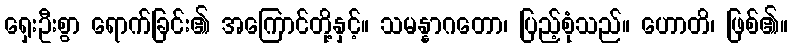
ရှေးဦးစွာ ရောက်ခြင်း၏ အကြောင်တို့နှင့်။ သမန္နာဂတော၊ ပြည့်စုံသည်။ ဟောတိ၊ ဖြစ်၏။